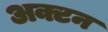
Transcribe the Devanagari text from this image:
अक्टन